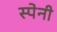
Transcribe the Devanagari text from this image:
स्‍पेनी